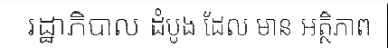
រដ្ឋាភិបាល ដំបូង ដែល មាន អត្ថិភាព